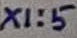
Text: X1:5